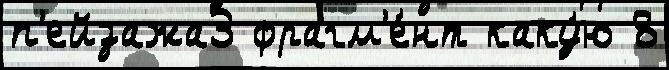
п'ейзажа3 фрагм'е́нт каку́ю 8